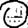
Digit: 0